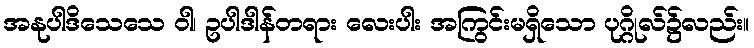
အနုပါဒိသေသေ ဝါ၊ ဥပါဒါန်တရား လေးပါး အကြွင်းမရှိသော ပုဂ္ဂိုလ်၌လည်း။